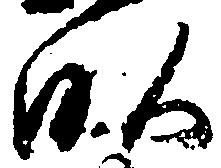
畝